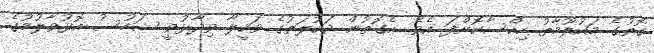
ގޮތުގެ މައުލޫމާތު ހިއްސާކޮށްފަ އެވެ. އެގޮތުން ދައުލަތުގެ ވަކީލާ ވިދާޅުވީ ޝަހުސު އޮޅުވާލުމުގެ